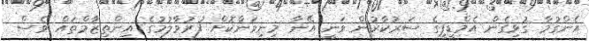
އެންގުމާ ގުޅިގެން އެމްޑީޕީގެ ސަރުކާރުން ވަނީ އޭނާ މިނިވަންކޮށް ފުރުވާލުމުގެ އިންތިޒާމްތައް ވެސް